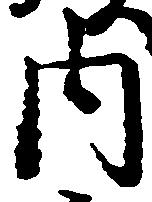
内